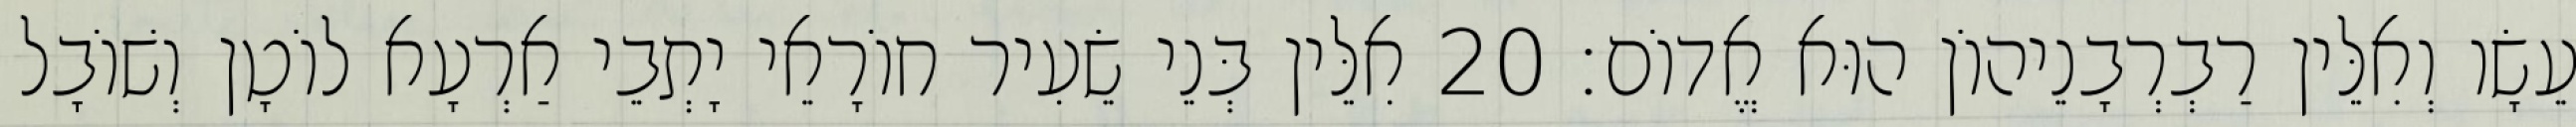
עֵשָׂו וְאִלֵּין רַבְרְבָנֵיהוֹן הוּא אֱדוֹם׃ 20 אִלֵּין בְּנֵי שֵׂעִיר חוֹרָאֵי יָתְבֵי אַרְעָא לוֹטָן וְשׁוֹבָל